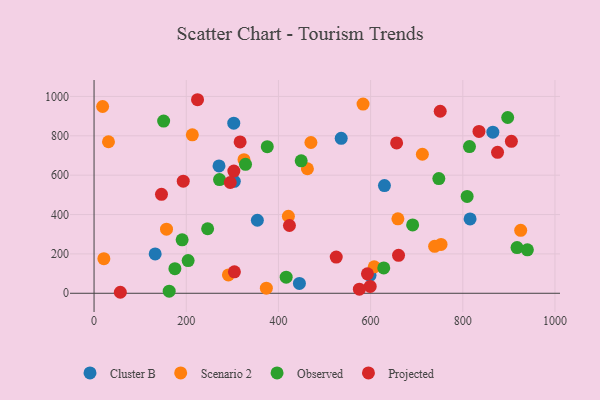
{"axis": {"x": "Speed", "y": "Sales"}, "legend": ["Cluster B", "Observed", "Projected", "Scenario 2"], "data": [{"x": "598.7", "y": 91.2, "type": "Cluster B"}, {"x": "271.1", "y": 647.1, "type": "Cluster B"}, {"x": "354.3", "y": 371.1, "type": "Cluster B"}, {"x": "132.6", "y": 199.7, "type": "Cluster B"}, {"x": "304.3", "y": 568.6, "type": "Cluster B"}, {"x": "303.1", "y": 864.3, "type": "Cluster B"}, {"x": "445.5", "y": 50.3, "type": "Cluster B"}, {"x": "865.2", "y": 818.5, "type": "Cluster B"}, {"x": "630.0", "y": 547.2, "type": "Cluster B"}, {"x": "815.8", "y": 377.8, "type": "Cluster B"}, {"x": "536.2", "y": 787.1, "type": "Cluster B"}, {"x": "462.9", "y": 632.7, "type": "Scenario 2"}, {"x": "583.6", "y": 961.3, "type": "Scenario 2"}, {"x": "373.8", "y": 25.8, "type": "Scenario 2"}, {"x": "712.3", "y": 706.2, "type": "Scenario 2"}, {"x": "31.3", "y": 769.7, "type": "Scenario 2"}, {"x": "21.3", "y": 175.7, "type": "Scenario 2"}, {"x": "325.3", "y": 678.7, "type": "Scenario 2"}, {"x": "470.5", "y": 765.9, "type": "Scenario 2"}, {"x": "752.8", "y": 248.3, "type": "Scenario 2"}, {"x": "607.8", "y": 134.6, "type": "Scenario 2"}, {"x": "291.5", "y": 93.3, "type": "Scenario 2"}, {"x": "157.2", "y": 325.9, "type": "Scenario 2"}, {"x": "18.6", "y": 949.0, "type": "Scenario 2"}, {"x": "925.6", "y": 320.0, "type": "Scenario 2"}, {"x": "659.2", "y": 378.0, "type": "Scenario 2"}, {"x": "421.6", "y": 391.3, "type": "Scenario 2"}, {"x": "738.9", "y": 238.3, "type": "Scenario 2"}, {"x": "213.2", "y": 805.2, "type": "Scenario 2"}, {"x": "809.4", "y": 491.8, "type": "Observed"}, {"x": "375.8", "y": 745.0, "type": "Observed"}, {"x": "416.8", "y": 81.8, "type": "Observed"}, {"x": "917.7", "y": 232.3, "type": "Observed"}, {"x": "748.0", "y": 582.9, "type": "Observed"}, {"x": "328.6", "y": 655.3, "type": "Observed"}, {"x": "449.4", "y": 672.9, "type": "Observed"}, {"x": "814.5", "y": 745.5, "type": "Observed"}, {"x": "191.1", "y": 271.4, "type": "Observed"}, {"x": "246.4", "y": 327.9, "type": "Observed"}, {"x": "272.2", "y": 577.5, "type": "Observed"}, {"x": "897.4", "y": 892.9, "type": "Observed"}, {"x": "175.4", "y": 125.0, "type": "Observed"}, {"x": "151.0", "y": 874.6, "type": "Observed"}, {"x": "163.0", "y": 10.6, "type": "Observed"}, {"x": "940.1", "y": 220.6, "type": "Observed"}, {"x": "204.1", "y": 166.1, "type": "Observed"}, {"x": "628.5", "y": 128.6, "type": "Observed"}, {"x": "691.2", "y": 347.5, "type": "Observed"}, {"x": "875.4", "y": 715.9, "type": "Projected"}, {"x": "304.5", "y": 109.2, "type": "Projected"}, {"x": "316.9", "y": 769.0, "type": "Projected"}, {"x": "193.5", "y": 569.7, "type": "Projected"}, {"x": "224.5", "y": 983.3, "type": "Projected"}, {"x": "593.1", "y": 98.7, "type": "Projected"}, {"x": "423.9", "y": 344.3, "type": "Projected"}, {"x": "303.3", "y": 620.9, "type": "Projected"}, {"x": "295.5", "y": 562.9, "type": "Projected"}, {"x": "751.0", "y": 924.7, "type": "Projected"}, {"x": "656.4", "y": 763.9, "type": "Projected"}, {"x": "599.1", "y": 34.8, "type": "Projected"}, {"x": "575.6", "y": 20.9, "type": "Projected"}, {"x": "835.1", "y": 822.5, "type": "Projected"}, {"x": "660.6", "y": 192.6, "type": "Projected"}, {"x": "57.0", "y": 5.1, "type": "Projected"}, {"x": "525.4", "y": 183.8, "type": "Projected"}, {"x": "146.3", "y": 502.7, "type": "Projected"}, {"x": "905.4", "y": 772.0, "type": "Projected"}]}